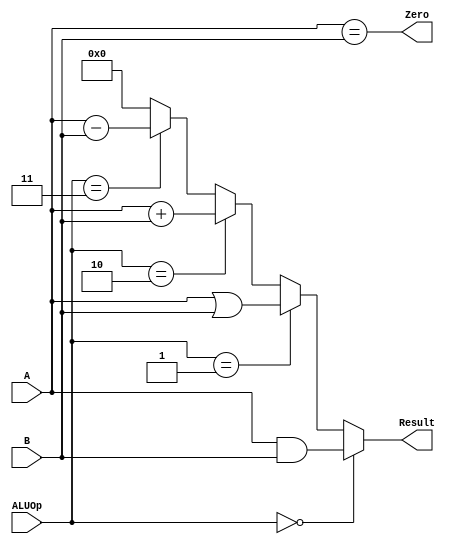
`timescale 1ns / 1ps
//////////////////////////////////////////////////////////////////////////////////
// Company: 
// Engineer: 
// 
// Design Name: 
// Module Name:    ALU 
// Project Name: 
// Target Devices: 
// Tool versions: 
// Description: 
//
// Dependencies: 
//
// Revision: 
// Revision 0.01 - File Created
// Additional Comments: 
//
//////////////////////////////////////////////////////////////////////////////////
module ALU(
    input [31:0] A,
    input [31:0] B,
    input [3:0] ALUOp,
    output [31:0] Result,
    output Zero
    );
    assign Result = (ALUOp==4'b0000)? (A&B):
                    (ALUOp==4'b0001)? (A|B):
                    (ALUOp==4'b0010)? (A+B):
                    (ALUOp==4'b0011)? (A-B): 32'h0000_0000;
    assign Zero = (A==B);
endmodule